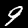
Label: 9